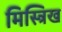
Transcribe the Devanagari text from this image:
मिस्त्रिख